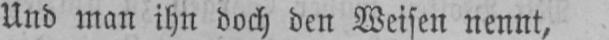
Und man ihn doch den Weisen nennt,